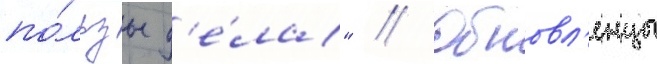
по́льзы д'е́ла" // Обновл'енцы